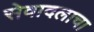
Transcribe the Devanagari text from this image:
सेवादलाचा